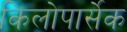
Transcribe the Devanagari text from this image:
किलोपार्सेक